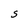
Character: S